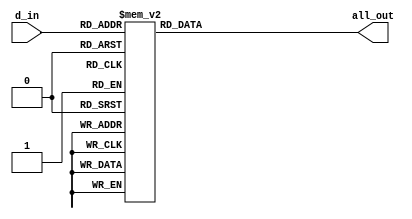
module bcdto7_behav(all_out, d_in);
output reg[6:0] all_out;
input [3:0] d_in;

always @(d_in)
begin
	case (d_in)
	0:all_out <= 7'b1000000;
	1:all_out <= 7'b1111001;
	2:all_out <= 7'b0100100;
	3:all_out <= 7'b0110000;
	4:all_out <= 7'b0011001;
	5:all_out <= 7'b0010010;
	6:all_out <= 7'b0000010;
	7:all_out <= 7'b1111000;
	8:all_out <= 7'b0000000;
	9:all_out <= 7'b0010000;
	10:all_out <= 7'b0001000;
	11:all_out <= 7'b0000011;
	12:all_out <= 7'b1000011;
	13:all_out <= 7'b0100001;
	14:all_out <= 7'b0000110;
	15:all_out <= 7'b0001110;
	endcase
end



endmodule